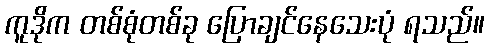
ကူဒိုက တစ်စုံတစ်ခု ပြောချင်နေသေးပုံ ရသည်။